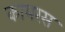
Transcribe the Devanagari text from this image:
कायरस